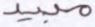
مبيد